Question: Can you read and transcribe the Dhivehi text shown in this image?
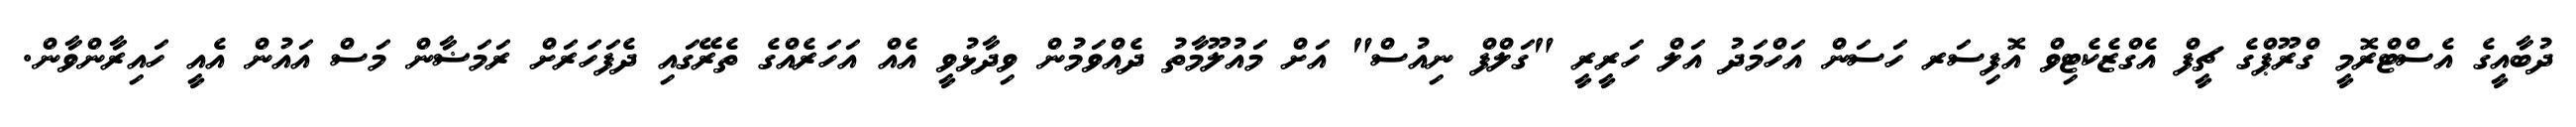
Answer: ދުބާއީގެ އެސްޓްރޮމީ ގްރޫޕްގެ ޗީފް އެގްޒެކެޓިވް އޮފިސަރ ހަސަން އަހްމަދު އަލް ހަރީރީ "ގަލްފް ނިއުސް" އަށް މައުލޫމާތު ދެއްވަމުން ވިދާޅުވީ އެއް އަހަރެއްގެ ތެރޭގައި ދެފަހަރަށް ރަމަޟާން މަސް އައުން އެއީ ހައިރާންވާން.